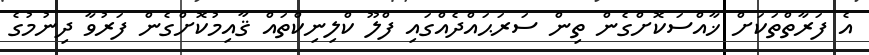
އެ ފަރާތްތަކަށް ޚާއްސަކޮށްގެން ތިން ސަރަޙައްދެއްގައި ފްލޫ ކްލިނިކްތައް ޤާއިމުކޮށްގެން ފަރުވާ ދިނުމުގެ